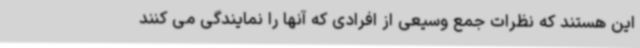
این هستند که نظرات جمع وسیعی از افرادی که آنها را نمایندگی می کنند